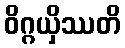
ဝိဂ္ဂယှိဿတိ